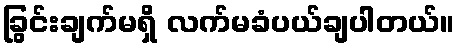
ခြွင်းချက်မရှိ လက်မခံပယ်ချပါတယ်။